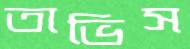
তাভিস